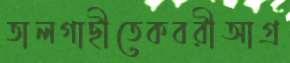
তালগাছীতেকবরীআগ্র